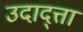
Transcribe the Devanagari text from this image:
उदाद्त्ता